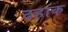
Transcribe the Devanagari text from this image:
दहाक